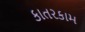
કાતરકામ